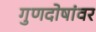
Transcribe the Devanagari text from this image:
गुणदोषांवर